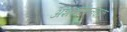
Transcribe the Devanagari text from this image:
अंशशोधनवक्र